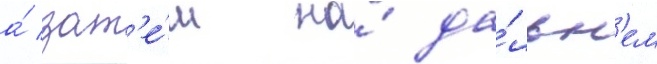
а́ зат'е́м на́ да́льн'ем